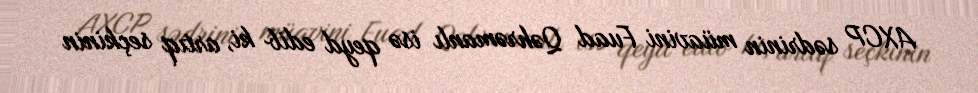
AXCP sədrinin müavini Fuad Qəhrəmanlı isə qeyd edib ki, artıq seçkinin